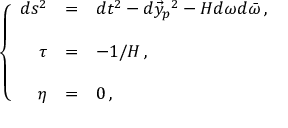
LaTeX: \left\{ \begin{array} { r c l } { { d s ^ { 2 } } } & { { = } } & { { d t ^ { 2 } - d \vec { y } _ { p } ^ { \ 2 } - H d \omega d \bar { \omega } \, , } } \\ { { } } & { { } } & { { } } \\ { { \tau } } & { { = } } & { { - 1 / { \cal H } \, , } } \\ { { } } & { { } } & { { } } \\ { { \eta } } & { { = } } & { { 0 \, , } } \end{array} \right.